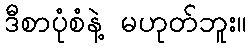
ဒီစာပုံစံနဲ့ မဟုတ်ဘူး။